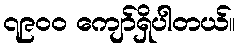
၇၉၀၀ ကျော်ရှိပါတယ်။